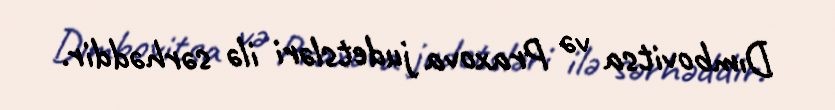
Dımbovitsa və Praxova judetsləri ilə sərhəddir.